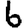
Digit: 6